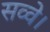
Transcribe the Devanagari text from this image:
सव्वे।